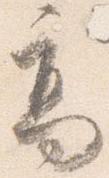
高